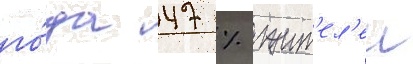
го́да 47 % жит'ел'еи